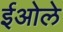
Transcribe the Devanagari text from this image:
ईओले